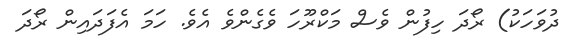
ދުވަހަކު) ރޯދަ ހިފުން ވެސް މަކްރޫހަ ވެގެންވެ އެވެ. ހަމަ އެފަދައިން ރޯދަ